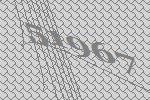
51967